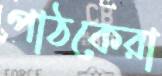
পাঠকেরা